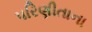
પરિણીતાના